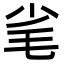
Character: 毟